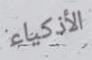
الأذكياء